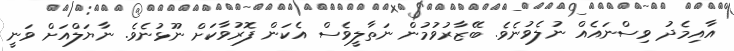
އާއިމެދު ވިސްނައެއް ނުލެވުނެވެ. ބޭޒާރުވުމުން ނަތާލީވެސް އެކަން ފޮރުވާކަށް ނޫޅުނެވެ. ނާޔަލްއަށް ވަނީ